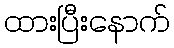
ထားပြီးနောက်